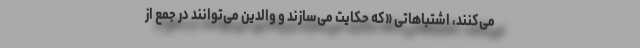
می‌کنند، اشتباهاتی «که حکایت می‌سازند و والدین می‌توانند در جمع از